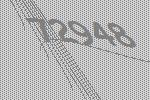
72948